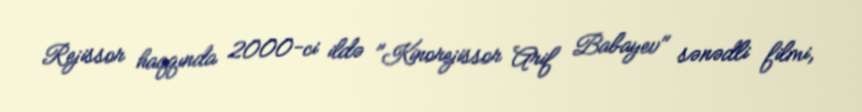
Rejissor haqqında 2000-ci ildə "Kinorejissor Arif Babayev" sənədli filmi,